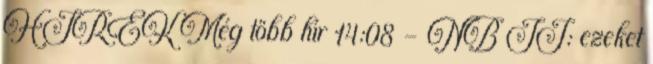
HÍREK Még több hír 14:08 - NB II: ezeket